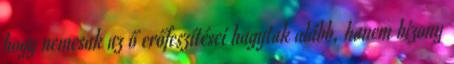
hogy nemcsak az ő erőfeszítései hagytak alább, hanem bizony